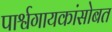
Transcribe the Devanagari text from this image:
पार्श्वगायकांसोबत